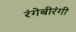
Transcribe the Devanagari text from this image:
रंगेबीरंगी